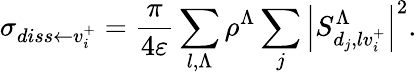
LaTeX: \sigma_{diss\leftarrow{v_{i}^{+}}}=\frac{\pi}{4\varepsilon}\sum_{{l,\Lambda}}\rho^{{\Lambda}}\sum_{j}\left\vert S_{d_{j},{l}v_{i}^{+}}^{{\Lambda}}\right\vert^{2}.